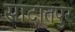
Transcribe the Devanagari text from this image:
सादातपुर